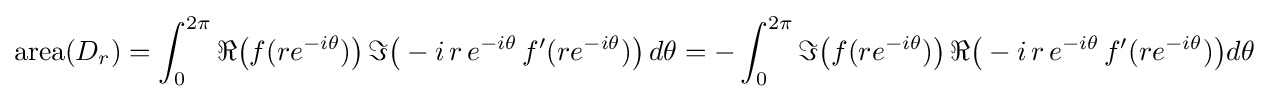
\mathrm {area} (D_{r})=\int _{0}^{2\pi }\Re {\bigl (}f(re^{-i\theta }){\bigr )}\,\Im {\bigl (}-i\,r\,e^{-i\theta }\,f'(re^{-i\theta }){\bigr )}\,d\theta =-\int _{0}^{2\pi }\Im {\bigl (}f(re^{-i\theta }){\bigr )}\,\Re {\bigl (}-i\,r\,e^{-i\theta }\,f'(re^{-i\theta }){\bigr )}d\theta